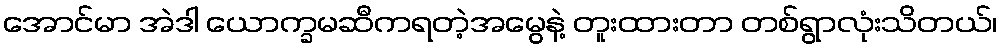
အောင်မာ အဲဒါ ယောက္ခမဆီကရတဲ့အမွေနဲ့ တူးထားတာ တစ်ရွာလုံးသိတယ်၊